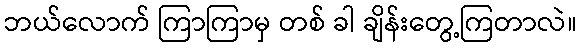
ဘယ်လောက် ကြာကြာမှ တစ် ခါ ချိန်းတွေ့ကြတာလဲ။